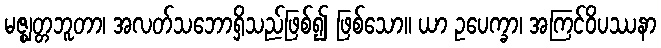
မဇ္ဈတ္တဘူတာ၊ အလတ်သဘောရှိသည်ဖြစ်၍ ဖြစ်သော။ ယာ ဥပေက္ခာ၊ အကြင်ဝိပဿနာ